Lunatic asylums United Provinces 1899-1908 - 1899-1908
Year: 1899
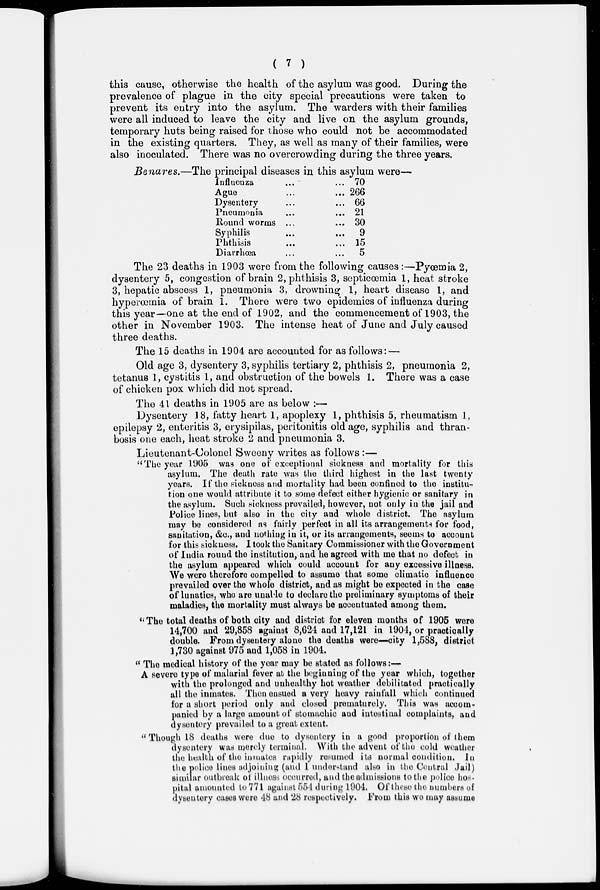
( 7 )
this cause, otherwise the health of the asylum was good. During the
prevalence of plague in the city special precautions were taken to
prevent its entry into the asylum. The warders with their families
were all induced to leave the city and live on the asylum grounds,
temporary huts being raised for those who could not be accommodated
in the existing quarters. They, as well as many of their families, were
also inoculated. There was no overcrowding during the three years.
Benares.—The principal diseases in this asylum were—
Influenza ... ...
Ague ... ...
Dysentery ... ...
Pneumonia ... ...
Round worms ... ...
Syphilis ... ...
Phthisis ... ...
Diarrhœa ... ...
70
266
66
21
30
9
15
5
The 23 deaths in 1903 were from the following causes :—Pyœmia 2,
dysentery 5, congestion of brain 2, phthisis 3, septicœmia 1, heat stroke
3, hepatic abscess 1, pneumonia 3, drowning 1, heart disease 1, and
hyperœmia of brain 1. There were two epidemics of influenza during
this year—one at the end of 1902, and the commencement of 1903, the
other in November 1903. The intense heat of June and July caused
three deaths.
The 15 deaths in 1904 are accounted for as follows: —
Old age 3, dysentery 3, syphilis tertiary 2, phthisis 2, pneumonia 2,
tetanus 1, cystitis 1, and obstruction of the bowels 1. There was a case
of chicken pox which did not spread.
The 41 deaths in 1905 are as below :—
Dysentery 18, fatty heart 1, apoplexy 1, phthisis 5, rheumatism 1,
epilepsy 2, enteritis 3, erysipilas, peritonitis old age, syphilis and thran-
bosis one each, heat stroke 2 and pneumonia 3.
Lieutenant-Colonel Sweeny writes as follows :—
"The year 1905 was one of exceptional sickness and mortality for this
asylum. The death rate was the third highest in the last twenty
years. If the sickness and mortality had been confined to the institu-
tion one would attribute it to some defect either hygienic or sanitary in
the asylum. Such sickness prevailed, however, not only in the jail and
Police lines, but also in the city and whole district. The asylum
may be considered as fairly perfect in all its arrangements for food,
sanitation, &c., and nothing in it, or its arrangements, seems to account
for this sickness. I took the Sanitary Commissioner with the Government
of India round the institution, and he agreed with me that no defect in
the asylum appeared which could account for any excessive illness.
We were therefore compelled to assume that some climatic influence
prevailed over the whole district, and as might be expected in the case
of lunatics, who are unable to declare the preliminary symptoms of their
maladies, the mortality must always be accentuated among them.
" The total deaths of both city and district for eleven months of 1905 were
14,700 and 29,858 against 8,624 and 17,121 in 1904, or practically
double. From dysentery alone the deaths were—city 1,588, district
1,730 against 975 and 1,058 in 1904.
" The medical history of the year may be stated as follows:—
A severe type of malarial fever at the beginning of the year which, together
with the prolonged and unhealthy hot weather debilitated practically
all the inmates. Then ensued a very heavy rainfall which continued
for a short period only and closed prematurely. This was accom-
panied by a large amount of stomachic and intestinal complaints, and
dysentery prevailed to a great extent.
" Though 18 deaths were due to dysentery in a good proportion of them
dysentery was merely terminal. With the advent of the cold weather
the health of the inmates rapidly resumed its normal condition. In
the police lines adjoining (and I understand also in the Central .Jail)
similar outbreak of illness occurred, and the admissions to the police hos-
pital amounted to 771 against 554 during 1904. Of these the numbers of
dysentery cases were 48 and 28 respectively. From this we may assume